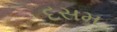
દસમ